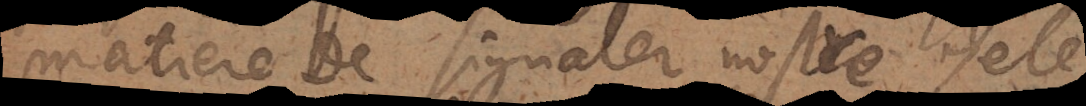
matiere de signaler nostre zele